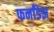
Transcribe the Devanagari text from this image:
फर्नांडेझ